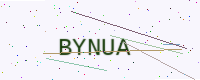
Text: BYNUA